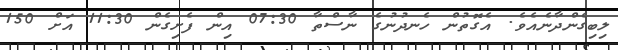
ލިބިގެންދާނެއެވެ. އެގޮތުން ހެނދުނުގެ ނާސްތާ 07:30 އިން ފެށިގެން 11:30 އަށް 150